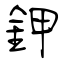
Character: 鉀